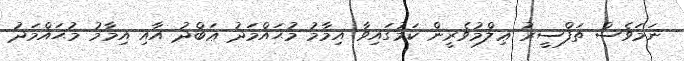
ނަމަވެސް ތަފްސީރު ޢިލްމުވެރީން ކަމުގައިވާ އިމާމު މުޙައްމަދު ޢަބްދު އާއި އިމާމު މުޙައްމަދު